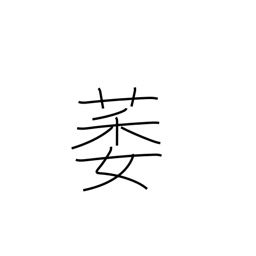
Meaning: lame